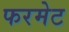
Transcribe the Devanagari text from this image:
फरमेट